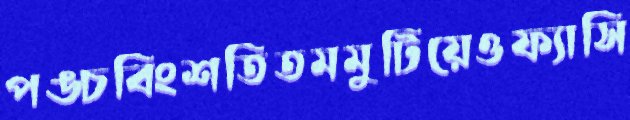
পঙ্চবিংশতিতমমুটিয়েওফ্যাসি